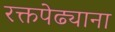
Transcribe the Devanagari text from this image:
रक्तपेढ्याना